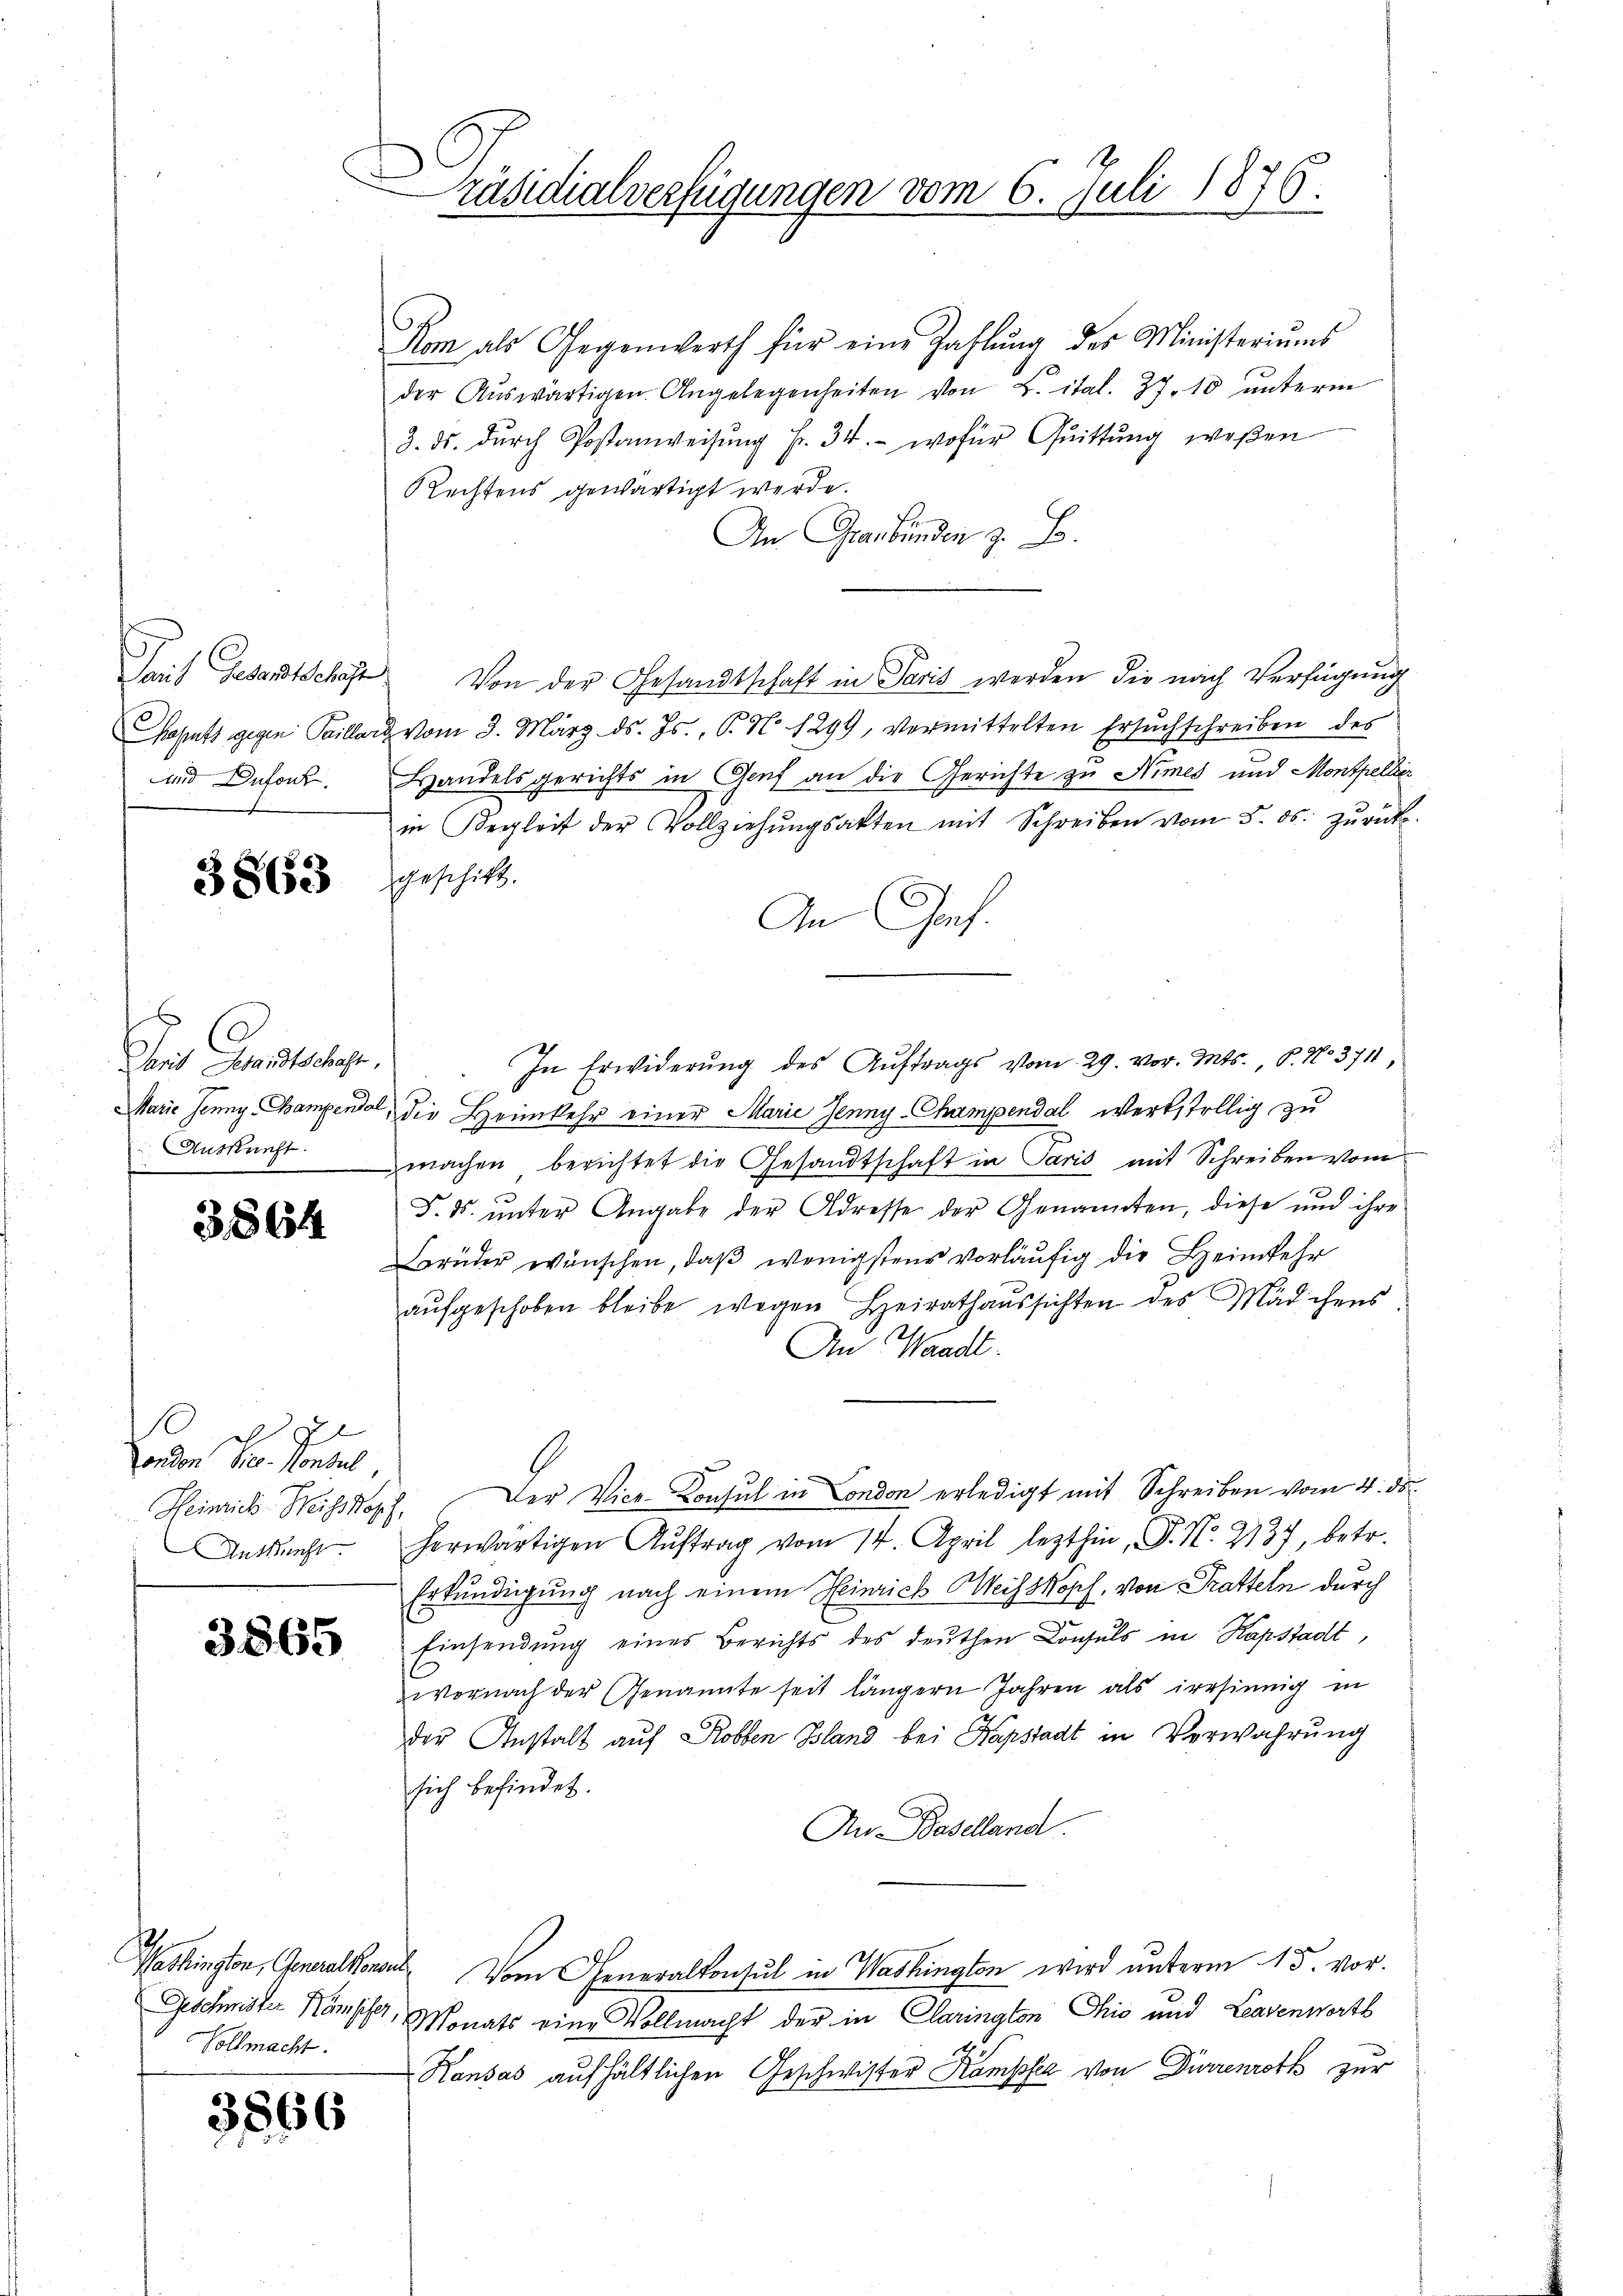
Pait Gesandtschaft
sund Dufouck.

3863

Den Gesuchunge

3864

o Hr. Feuer,
Heinrich. Weiskopf,

3865

Kom als Gegenwerth für eine Zahlŭng des Ministeriŭms
der Auswärtigen Angelegenheiten von L. ital. 27. 10 unterm
3. ds. dŭrch Postanweisŭng fr. 34. wofür Quittung wesen
Rechtens gewärtigt werde.
An Graubünden z. B.
Von der Gesandtschaft in Paris werden die nach Verfügung
Kaputs gegen Peillard vom 3. März d. Js., P. No 1299, vermittelten Ersuchschreiben des
Handelsgerichts in Genf an die Gerichte zu Himes und Montpelle
in Begleit der Vollziehŭngsakten mit Schreiben vom 5. ds. zŭrück.
sgeschikt.
An Genf.
In Erwiderung des Auftrags vom 29. vor. Mts., 8. No 3711
Marie Jenny. Campensel, die Heimkehr einer Marie Jenny-Champendal werkstellig zu
Ausurft machen berichtet die Gesandtschaft in Paris mit Schreiben vom
F. ds. unter Angabe der Adresse der Genannten, diese und ihre
Brüder wünschen, daβ wenigstens vorläufig die Heimkehr
aufgeschoben bleibe wegen Heirathaussichten des Mädchens
An Waadt.
Der Vice-Konsul in London erledigt mit Schreiben vom 4. ds.
Antracht herwärtigen Aŭftrag vom 14. April lezthin, P. Nr. 2137, betr.
Erkundigung nach einem Heinrich Weisskopf, von Pratteln durch
Einsendung eines Berichts des deuthen Consuls in Kapstadt,
wornach der Genannte seit längern Jahren als irrsinnig in
der Anstalt auf Robben Bland bei Kapstadt in Verwahrung
sich befindet.
Au Baselland
Washington, Generalkonen Vom Generalkonsul in Washington wird unterm 15. vor.
Geschmitter Kämph, Monats eine Vollmacht der in Clarington Ohio und Leavenworts
Kausas aufhältlichen Geschwister Kampfe von Dürrenroth zur

Vollmacht.

3866

räsidialverfügungen vom 6. Juli 1876.
n